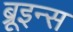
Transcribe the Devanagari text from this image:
ब्रूइन्स